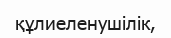
құлиеленушілік,